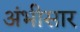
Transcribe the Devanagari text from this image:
अंभीसार